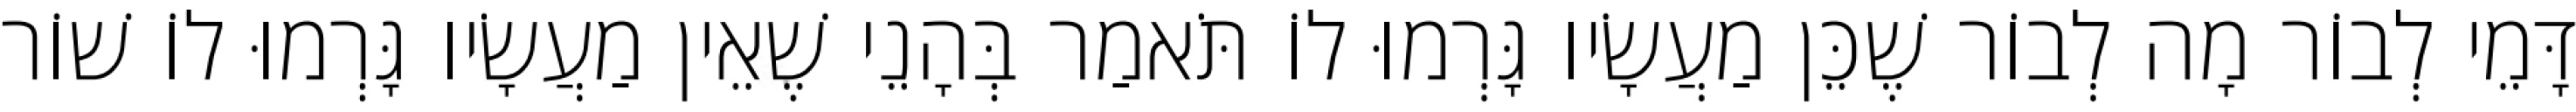
דָּמֵי לְבוֹר מָה לְבוֹר שֶׁכֵּן מַעֲשָׂיו גָּרְמוּ לוֹ תֹּאמַר בְּהָנֵי שֶׁאֵין מַעֲשָׂיו גָּרְמוּ לוֹ שׁוֹר